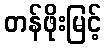
တန်ဖိုးမြင့်